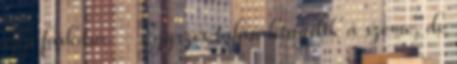
épp farkasa. - Egyszer talán kinyílik a szeme, de